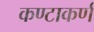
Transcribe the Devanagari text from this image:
कण्टाकर्ण